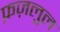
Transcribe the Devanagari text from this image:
फ़ज़लुल